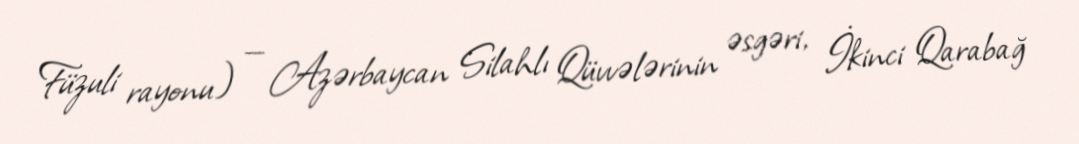
Füzuli rayonu) — Azərbaycan Silahlı Qüvvələrinin əsgəri, İkinci Qarabağ